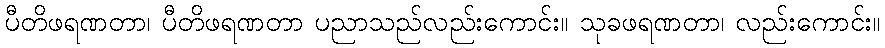
ပီတိဖရဏတာ၊ ပီတိဖရဏတာ ပညာသည်လည်းကောင်း။ သုခဖရဏတာ၊ လည်းကောင်း။